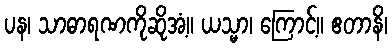
ပန၊ သာဓာရဏကိုဆိုအံ့။ ယသ္မာ၊ ကြောင့်။ ဧတာနိ၊